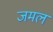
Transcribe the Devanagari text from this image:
जमल